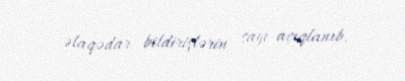
əlaqədar bildirişlərin sayı açıqlanıb.